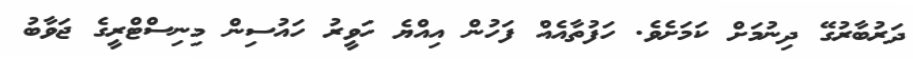
ދަރުބާރުގޭ ދިނުމަށް ކަމަށެވެ. ހަފުތާއެއް ފަހުން އިއްޔެ ހަވީރު ހައުސިން މިނިސްޓްރީގެ ޖަވާބު